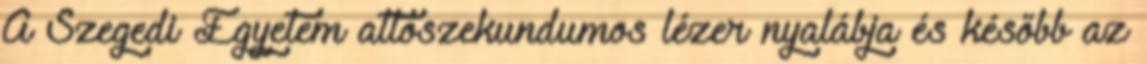
A Szegedi Egyetem attoszekundumos lézer nyalábja és később az